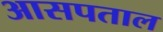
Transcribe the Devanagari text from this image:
आसपताल